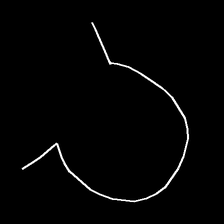
Glyph: weave